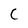
Character: C